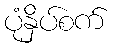
ပုံနှိပ်စက်